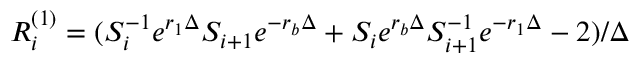
R _ { i } ^ { ( 1 ) } = ( S _ { i } ^ { - 1 } e ^ { r _ { 1 } \Delta } S _ { i + 1 } e ^ { - r _ { b } \Delta } + S _ { i } e ^ { r _ { b } \Delta } S _ { i + 1 } ^ { - 1 } e ^ { - r _ { 1 } \Delta } - 2 ) / \Delta